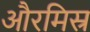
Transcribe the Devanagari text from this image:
औरमिस्र